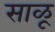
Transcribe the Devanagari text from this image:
साळू